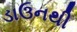
ડાઉનથી